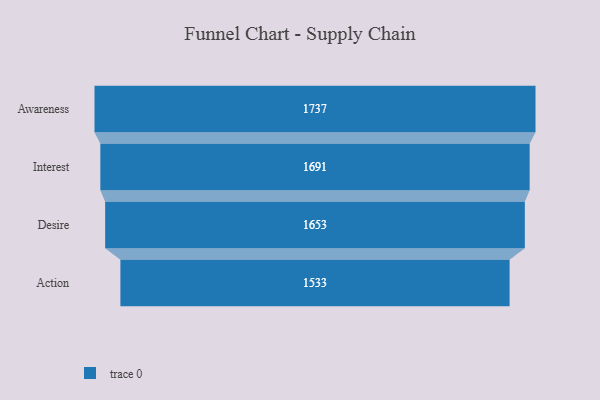
{"axis": {"x": "Stage", "y": "Value"}, "legend": [""], "data": [{"x": "Awareness", "y": 1737.0, "type": ""}, {"x": "Interest", "y": 1691.0, "type": ""}, {"x": "Desire", "y": 1653.0, "type": ""}, {"x": "Action", "y": 1533.0, "type": ""}]}